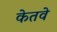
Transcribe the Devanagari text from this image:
केतवे